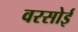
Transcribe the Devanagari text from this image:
वरसोई